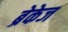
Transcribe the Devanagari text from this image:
ब्रेकेज